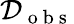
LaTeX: \mathcal{D}_{\mathrm{~o~b~s~}}